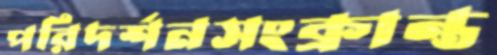
পরিদর্শনসংক্রান্ত